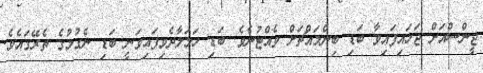
ޖީންސްއަށް ޖަހައިފައިވާ ބަޑި ބިންމައްޗަށް ވެއްޓުނެވެ. ބަޑި ހަމަލާދެވިފައިވަނީ ބަޑި ނެގުމުގެ ތެރޭގައެވެ.